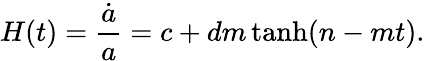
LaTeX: H(t)=\frac{\dot{a}}{a}=c+dm\operatorname{tanh}(n-mt).